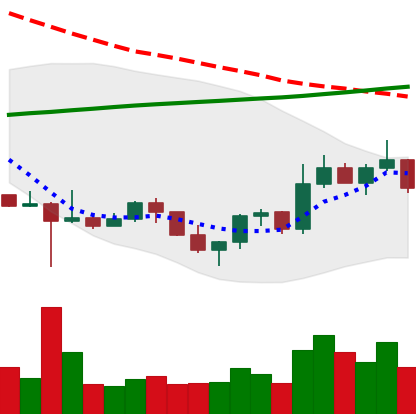
Ticker: ETC-USD
Chart end date: 2022-10-30
Forward return: 5.096%
Label: up_5_7